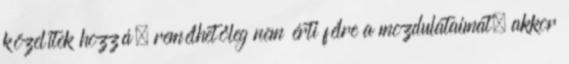
közelítek hozzá, remélhetőleg nem érti félre a mozdulataimat, akkor